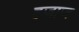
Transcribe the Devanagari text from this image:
हजाज